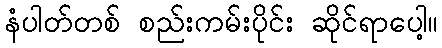
နံပါတ်တစ် စည်းကမ်းပိုင်း ဆိုင်ရာပေါ့။